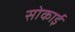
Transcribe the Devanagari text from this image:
सोकाई